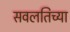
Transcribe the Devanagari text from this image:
सवलतिच्या